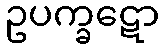
ဥပက္ခဋော